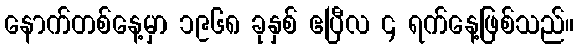
နောက်တစ်နေ့မှာ ၁၉၆၈ ခုနှစ် ဧပြီလ ၄ ရက်နေ့ဖြစ်သည်။